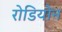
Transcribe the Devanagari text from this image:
रोडियोन